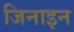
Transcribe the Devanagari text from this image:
जिनाइन